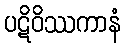
ပဋိဝိဿကာနံ